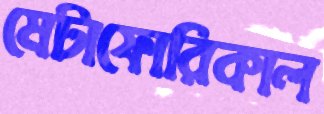
মেটাফোরিকাল